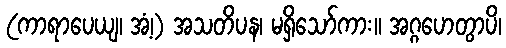
(ကာရာပေယျ၊ အံ့၊) အသတိပန၊ မရှိသော်ကား။ အဂ္ဂဟေတွာပိ၊